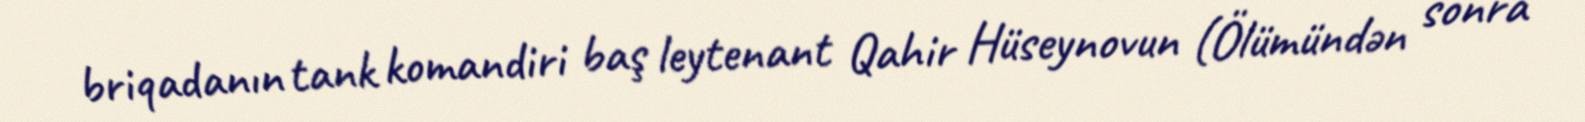
briqadanın tank komandiri baş leytenant Qahir Hüseynovun (Ölümündən sonra